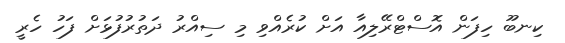
ކިނބޫ ހިފަން އޮސްޓްރޭލިއާ އަށް ކުރެއްވި މި ސިއްރު ދަތުރުފުޅަށް ފަހު ހެރީ